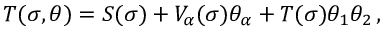
T ( \sigma , \theta ) = S ( \sigma ) + V _ { \alpha } ( \sigma ) \theta _ { \alpha } + T ( \sigma ) \theta _ { 1 } \theta _ { 2 } \nonumber \, ,